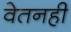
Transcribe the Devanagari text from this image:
वेतनही